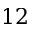
1 2